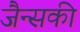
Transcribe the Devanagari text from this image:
जैन्सकी